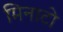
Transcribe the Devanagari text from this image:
मिनाटो